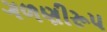
ગળણીરૂપ